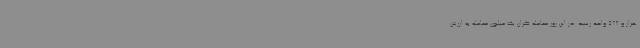
هزار و 528 واحد رسید. در این روز معامله گران یک میلیون معامله به ارزش